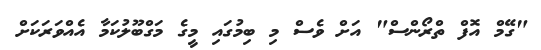
"ގޭމް އޮފް ތްރޯންސް" އަށް ވެސް މި ބިމުގައި މީގެ މަގްބޫލުކަމާ އެއްވަރަކަށް